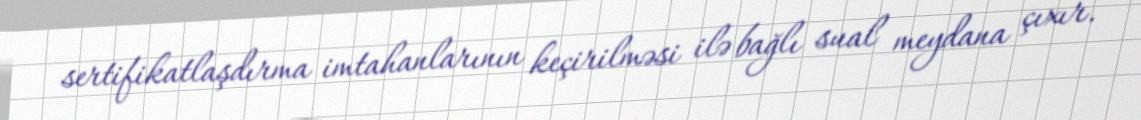
sertifikatlaşdırma imtahanlarının keçirilməsi ilə bağlı sual meydana çıxır.